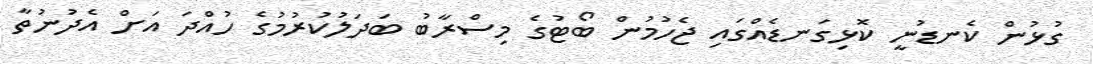
ގުޅުން ކެނޑުނީ ކޮޅިގަނޑެއްގައި ޖެހުމުން ބޯޓުގެ މިސްރާބު ބަދަލުކުރުމުގެ ހުއްދަ އަށް އެދުނުތާ